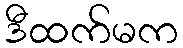
ဒီထက်မက